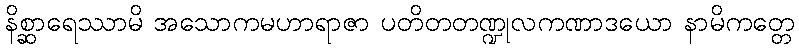
နိစ္ဆာရေဿာမိ အသောကမဟာရာဇာ ပတိတတဏ္ဍုလကဏာဒယော နာမိကတ္တေ